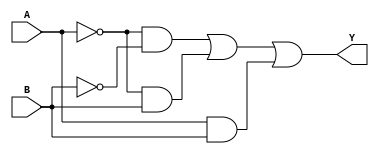
module two_variable_kmap (
    input wire A,  // Input variable A
    input wire B,  // Input variable B
    output wire Y  // Output based on K-map simplification
);

// K-map logic implementation
// The output Y is derived from the truth table based on the K-map
// Y = A'B' + A'B + AB  (This is an example expression; modify as needed based on your K-map)
assign Y = (A == 1'b0 && B == 1'b0) ||  // A=0, B=0
           (A == 1'b0 && B == 1'b1) ||  // A=0, B=1
           (A == 1'b1 && B == 1'b1);    // A=1, B=1

endmodule